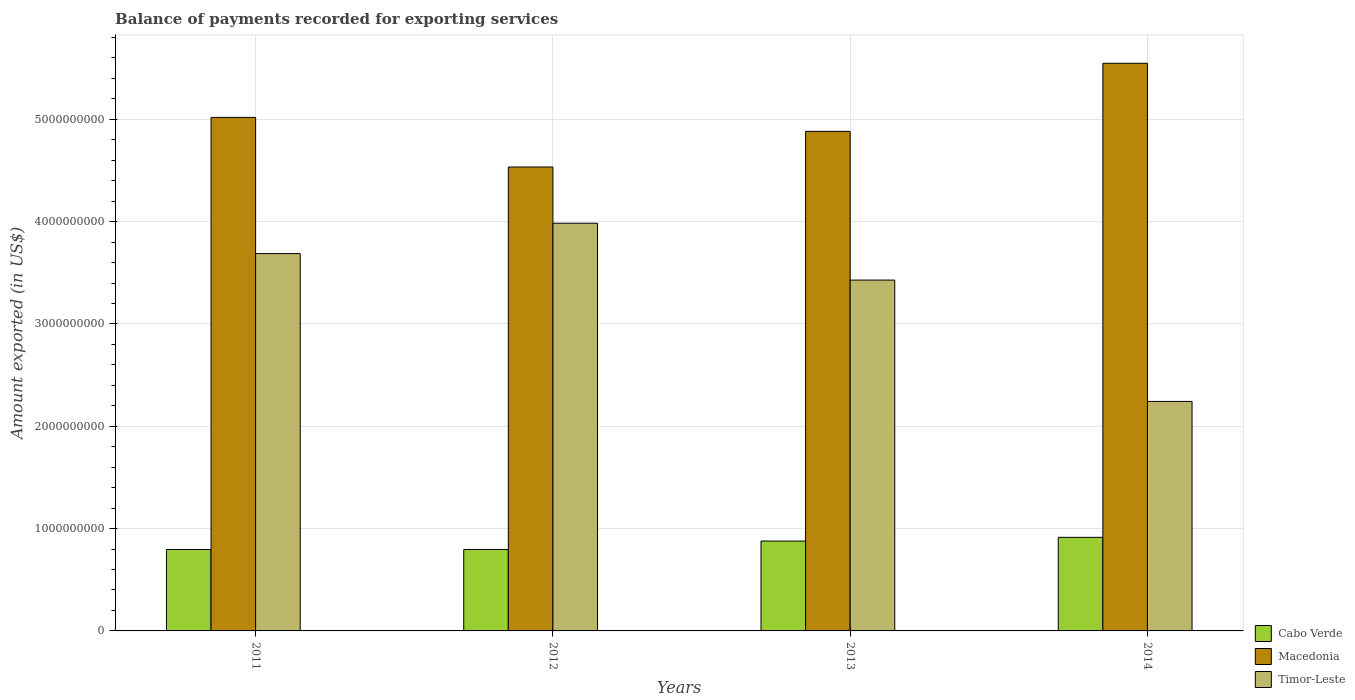
| Years | Cabo Verde | Macedonia | Timor-Leste |
 | --- | --- | --- | --- |
 | 2011 | 7.96e+08 | 5.02e+09 | 3.69e+09 |
 | 2012 | 7.96e+08 | 4.53e+09 | 3.98e+09 |
 | 2013 | 8.79e+08 | 4.88e+09 | 3.43e+09 |
 | 2014 | 9.15e+08 | 5.55e+09 | 2.24e+09 |